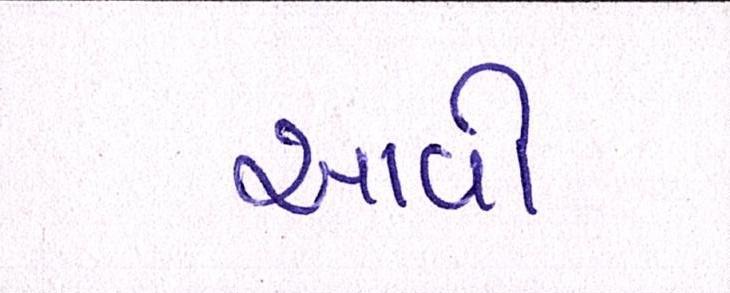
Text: આવી